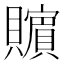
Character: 𰷚